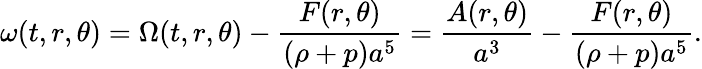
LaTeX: \omega(t,r,\theta)=\Omega(t,r,\theta)-\frac{F(r,\theta)}{(\rho+p)a^{5}}=\frac{A(r,\theta)}{a^{3}}-\frac{F(r,\theta)}{(\rho+p)a^{5}}.